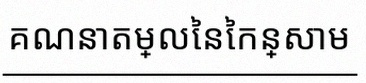
គណនាតម្លៃនៃកន្សោម